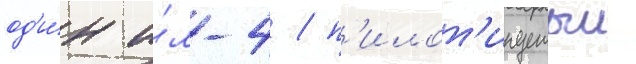
од'и́н и́л-4 / п'илот'ируемыи